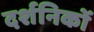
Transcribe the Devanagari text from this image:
दर्शनिकों